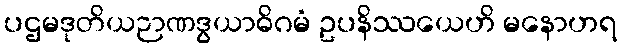
ပဌမဒုတိယဉာဏဒွယာဓိဂမံ ဥပနိဿယေဟိ မနောဟရ